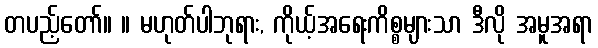
တပည့်တော်။ ။ မဟုတ်ပါဘုရား, ကိုယ့်အရေးကိစ္စများသာ ဒီလို အမူအရာ